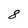
Character: 8